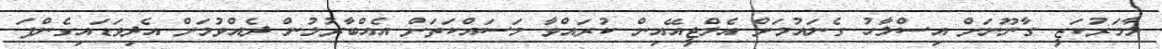
ލާމަރުކަޒީ ގާނޫނަށް އިސްލާހު ގެނައުމަށް އެލްޖީއޭއިން ކުރައްވާ މަސައްކަތަށް އެއްބާރުލުން ދެއްވުމަށް އެދިވަޑައިގެންފަ